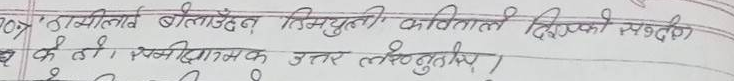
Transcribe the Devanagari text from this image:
107. ठाउमीलाव बोलाउँछन् तिम्रो कवितालाई दिएको सन्दर्भ के हो ? समीक्षात्मक उत्तर लेख्नुहोस्।